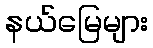
နယ်မြေများ